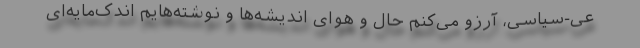
عی-سیاسی، آرزو می‌کنم حال و هوای اندیشه‌ها و نوشته‌هایم اندک‌مایه‌ای